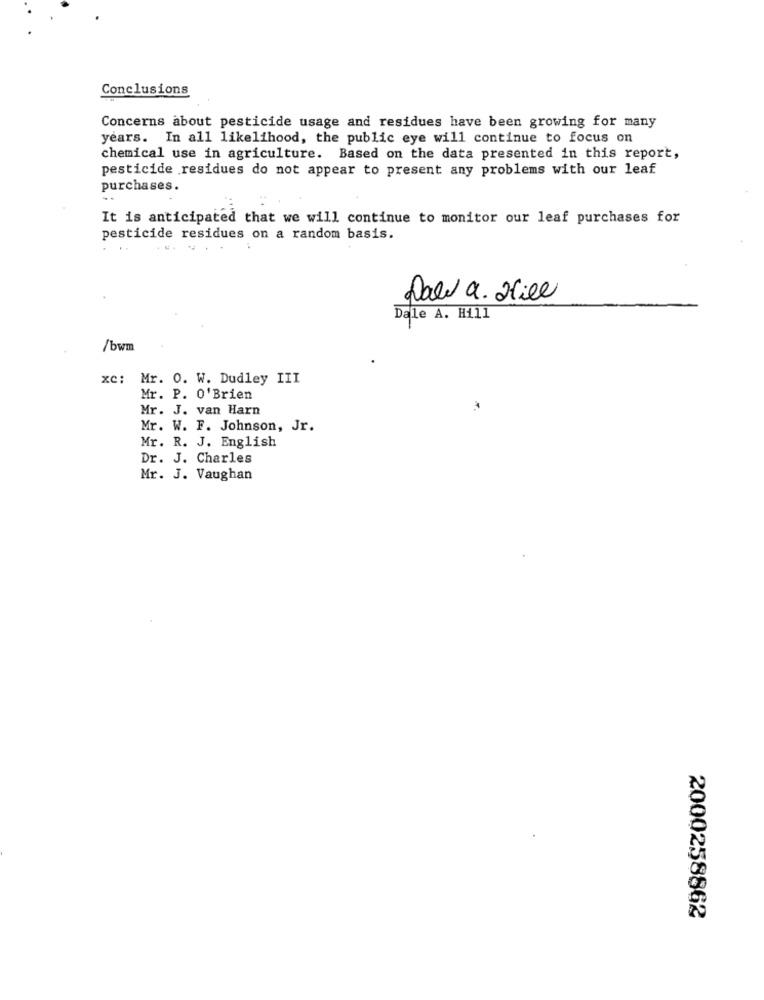
Conclusions
Concerns about pesticide usage and residues have been growing for many
years. In all likelihood, the public eye will continue to focus on
chemical use in agriculture. Based on the data presented in this report,
pesticide residues do not appear to present any problems with our leaf
purchases.
It is anticipated that we will continue to monitor our leaf purchases for
pesticide residues on a random basis.
Dalla. Hill
Dale A. Hill
/bwm
xe: Mr. O. W. Dudley III
Mr. P. O'Brien
Mr. J. van Harn
Mr. W. F. Johnson, Jr.
Mr. R. J. English
Dr. J. Charles
Mr. J. Vaughan
2000258862